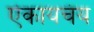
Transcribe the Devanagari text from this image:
ऐकायचंय